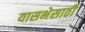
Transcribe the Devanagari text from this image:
यासभेसाठी